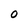
Character: O